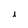
Character: i